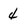
Character: 4